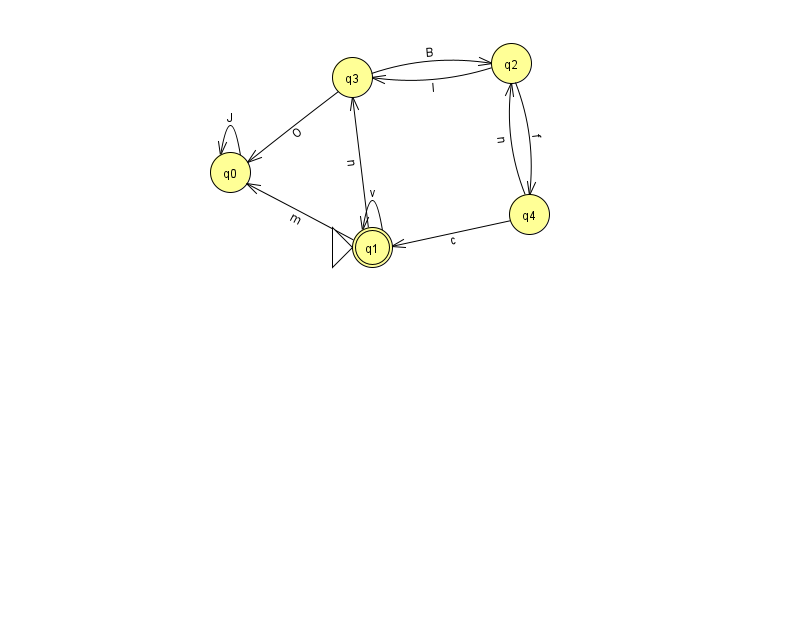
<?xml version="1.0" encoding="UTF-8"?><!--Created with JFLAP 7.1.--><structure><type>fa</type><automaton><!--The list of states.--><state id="0" name="q0"><x>230.0</x><y>159.0</y></state><state id="1" name="q1"><x>372.0</x><y>234.0</y><initial/><final/></state><state id="2" name="q2"><x>511.0</x><y>50.0</y></state><state id="3" name="q3"><x>352.0</x><y>64.0</y></state><state id="4" name="q4"><x>529.0</x><y>201.0</y></state><!--The list of transitions.--><transition><from>3</from><to>2</to><read>B</read></transition><transition><from>4</from><to>2</to><read>n</read></transition><transition><from>1</from><to>0</to><read>m</read></transition><transition><from>1</from><to>1</to><read>v</read></transition><transition><from>3</from><to>0</to><read>O</read></transition><transition><from>4</from><to>1</to><read>c</read></transition><transition><from>0</from><to>0</to><read>J</read></transition><transition><from>1</from><to>3</to><read>n</read></transition><transition><from>2</from><to>4</to><read>f</read></transition><transition><from>2</from><to>3</to><read>l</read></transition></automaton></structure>